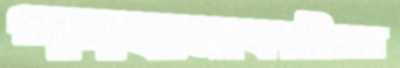
পদযাত্রাকারীদের